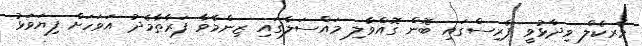
މާރކެލް ވިދާޅުވީ ޕެރިސްގައި ބޮން ގޮއްވާލި މައްސަލާގައި ޒިންމާވާ ފަރާތާމެދު އަވަހަށް ފިޔަވަޅު